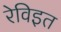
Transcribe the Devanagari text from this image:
रेविइत